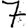
Digit: 7